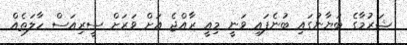
ޝަރުމާގެ ބަޔާނުގައި ބުނެފައި ވަނީ މިއީ ރާއްޖެ އަށް ވަރަށް ސީރިއަސް ހާލަތެއް